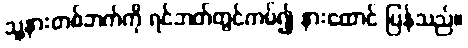
သူ့နားတစ်ဘက်ကို ရင်ဘတ်တွင်ကပ်၍ နားထောင် ပြန်သည်။